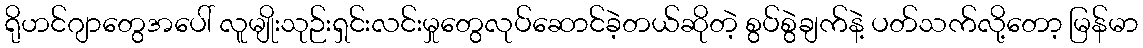
ရိုဟင်ဂျာတွေအပေါ် လူမျိုးသုဉ်းရှင်းလင်းမှုတွေလုပ်ဆောင်ခဲ့တယ်ဆိုတဲ့ စွပ်စွဲချက်နဲ့ ပတ်သက်လို့တော့ မြန်မာ